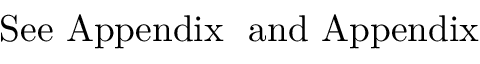
\mathrm { S e e \ A p p e n d i x \ \ a n d \ A p p e n d i x \ }